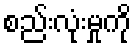
စည်းလုံးမှုကို